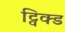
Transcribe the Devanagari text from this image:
ट्विक्ड